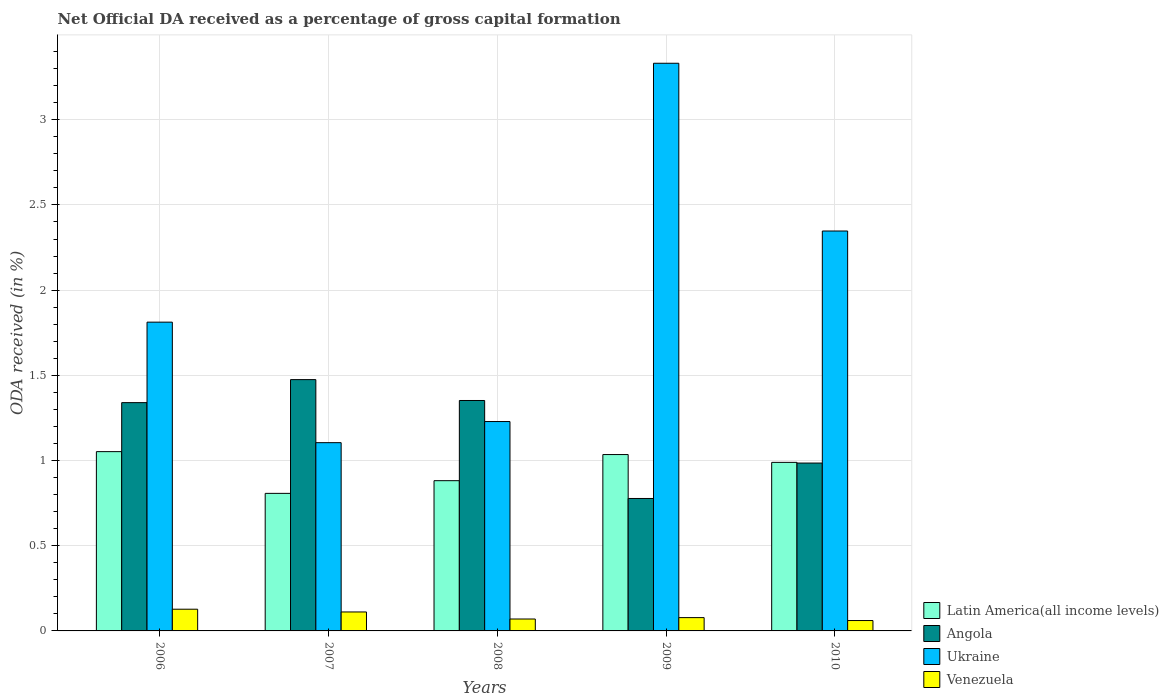
| Years | Latin America(all income levels) | Angola | Ukraine | Venezuela |
 | --- | --- | --- | --- | --- |
 | 2006 | 1.05 | 1.34 | 1.81 | 0.127 |
 | 2007 | 0.807 | 1.47 | 1.1 | 0.111 |
 | 2008 | 0.882 | 1.35 | 1.23 | 0.0699 |
 | 2009 | 1.04 | 0.777 | 3.33 | 0.0781 |
 | 2010 | 0.989 | 0.985 | 2.35 | 0.061 |